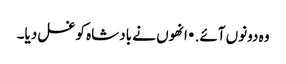
وہ دونوں آئے. • انھوں نے بادشاہ کو غسل دیا۔